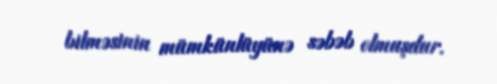
bilməsinin mümkünlüyünə səbəb olmuşdur.